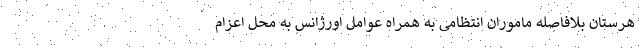
هرستان بلافاصله ماموران انتظامی به همراه عوامل اورژانس به محل اعزام